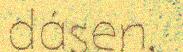
dásen.